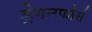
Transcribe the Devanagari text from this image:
ड्रेगनफ़ोर्स